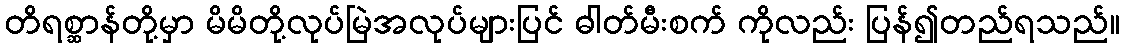
တိရစ္ဆာန်တို့မှာ မိမိတို့လုပ်မြဲအလုပ်များပြင် ဓါတ်မီးစက် ကိုလည်း ပြန်၍တည်ရသည်။